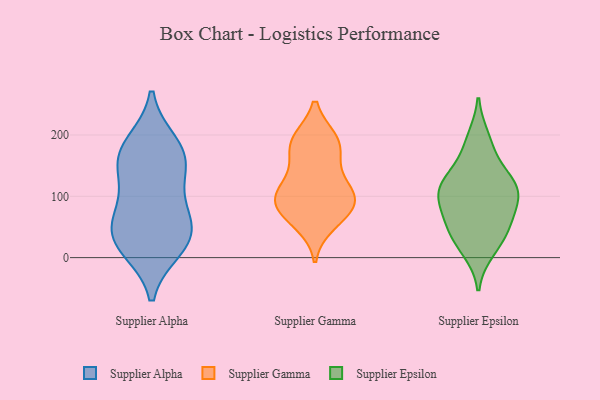
{"axis": {"x": "Budget (USD K)", "y": "Value"}, "legend": ["Supplier Alpha", "Supplier Epsilon", "Supplier Gamma"], "data": [{"x": "", "y": 29, "type": "Supplier Alpha"}, {"x": "", "y": 97, "type": "Supplier Alpha"}, {"x": "", "y": 157, "type": "Supplier Alpha"}, {"x": "", "y": 184, "type": "Supplier Alpha"}, {"x": "", "y": 43, "type": "Supplier Alpha"}, {"x": "", "y": 34, "type": "Supplier Alpha"}, {"x": "", "y": 17, "type": "Supplier Alpha"}, {"x": "", "y": 153, "type": "Supplier Alpha"}, {"x": "", "y": 70, "type": "Supplier Alpha"}, {"x": "", "y": 168, "type": "Supplier Alpha"}, {"x": "", "y": 83, "type": "Supplier Gamma"}, {"x": "", "y": 192, "type": "Supplier Gamma"}, {"x": "", "y": 84, "type": "Supplier Gamma"}, {"x": "", "y": 55, "type": "Supplier Gamma"}, {"x": "", "y": 108, "type": "Supplier Gamma"}, {"x": "", "y": 110, "type": "Supplier Gamma"}, {"x": "", "y": 171, "type": "Supplier Gamma"}, {"x": "", "y": 97, "type": "Supplier Gamma"}, {"x": "", "y": 101, "type": "Supplier Gamma"}, {"x": "", "y": 143, "type": "Supplier Gamma"}, {"x": "", "y": 188, "type": "Supplier Gamma"}, {"x": "", "y": 67, "type": "Supplier Gamma"}, {"x": "", "y": 192, "type": "Supplier Gamma"}, {"x": "", "y": 47, "type": "Supplier Epsilon"}, {"x": "", "y": 106, "type": "Supplier Epsilon"}, {"x": "", "y": 64, "type": "Supplier Epsilon"}, {"x": "", "y": 194, "type": "Supplier Epsilon"}, {"x": "", "y": 118, "type": "Supplier Epsilon"}, {"x": "", "y": 48, "type": "Supplier Epsilon"}, {"x": "", "y": 81, "type": "Supplier Epsilon"}, {"x": "", "y": 13, "type": "Supplier Epsilon"}, {"x": "", "y": 109, "type": "Supplier Epsilon"}, {"x": "", "y": 101, "type": "Supplier Epsilon"}, {"x": "", "y": 26, "type": "Supplier Epsilon"}, {"x": "", "y": 176, "type": "Supplier Epsilon"}, {"x": "", "y": 129, "type": "Supplier Epsilon"}, {"x": "", "y": 123, "type": "Supplier Epsilon"}]}